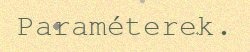
Paraméterek.